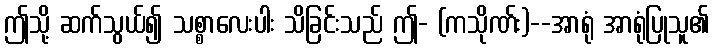
ဤသို့ ဆက်သွယ်၍ သစ္စာလေးပါး သိခြင်းသည် ဤ- (ကသိုဏ်း)--အာရုံ အာရုံပြုသူ၏